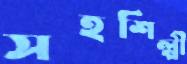
সহশিল্পী